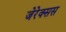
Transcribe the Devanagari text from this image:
जेरेक्सस